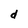
Character: d